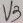
Text: V3